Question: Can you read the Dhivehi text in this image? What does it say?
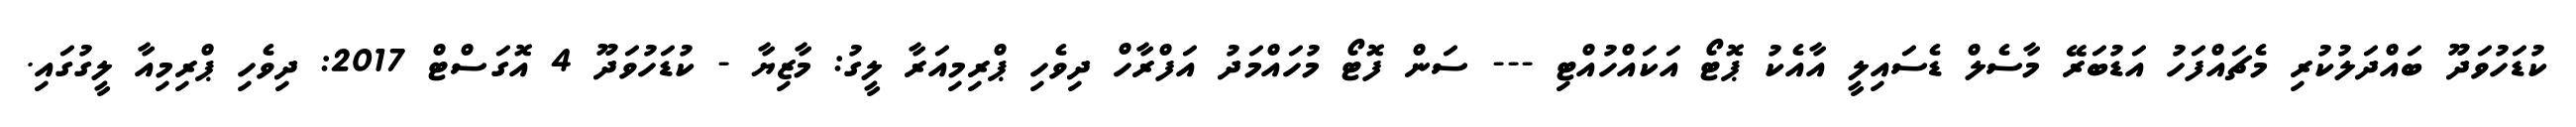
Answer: ކުޑަހުވަދޫ ބައްދަލުކުރި މެޗައްފަހު އަޑުބަރޭ މާސެލް ޑެސައިލީ އާއެކު ޕޮޓޯ އަކައްހުއްޓި --- ސަން ފޮޓޯ މުހައްމަދު އަފްރާހް ދިވެހި ޕްރިމިއަރާ ލީގު: މާޒިޔާ - ކުޑަހުވަދޫ 4 އޮގަސްޓް 2017: ދިވެހި ޕްރިމިއާ ލީގުގައި.